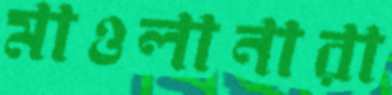
মাওলানারা